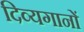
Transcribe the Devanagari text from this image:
दिव्यगानों